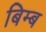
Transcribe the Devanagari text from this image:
बिम्‍ब